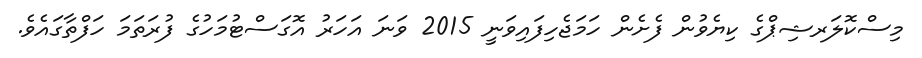
މިސްކޮލަރޝިޕްގެ ކިޔެވުން ފެށެން ހަމަޖެހިފައިވަނީ 2015 ވަނަ އަހަރު އޮގަސްޓުމަހުގެ ފުރަތަމަ ހަފްތާގައެވެ.